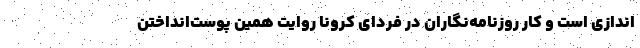
اندازی است و کار روزنامه‌نگاران در فردای کرونا روایت همین پوست‌انداختن